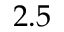
2 . 5